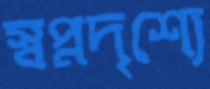
স্বপ্নদৃশ্যে